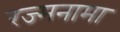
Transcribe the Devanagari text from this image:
रज्मनामा